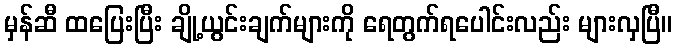
မှန်ဆီ ထပြေးပြီး ချို့ယွင်းချက်များကို ရေတွက်ရပေါင်းလည်း များလှပြီ။